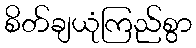
စိတ်ချယုံကြည်စွာ